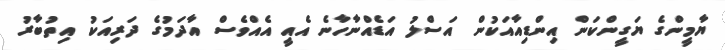
ޔާމީންގެ ޔަގީންކަން އިންޑިއާއަކުން އަސްލު އަޑެއްނާހާނެ އެއީ އެއްވެސް އާދަމުގެ ދަރިއަކު އިތުބާރު